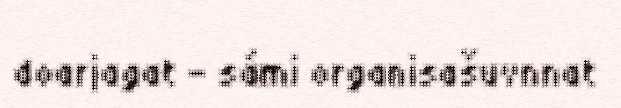
doarjagat - sámi organisašuvnnat